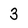
Character: 3